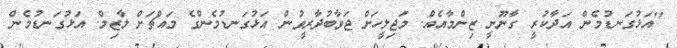
"އަޅުގަނޑުމެން އަދާކުރީ ގާނޫނީ ޒިންމާއެއް. މަޖިލީހަށް ޖަވާބުދާރީވުން އަޅުގަނޑުމެންގެ މައްޗަށް ލާޒިމް. އަޅުގަނޑުމެން